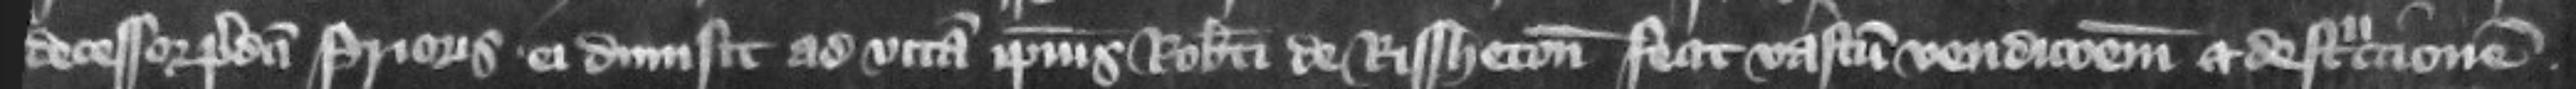
decessor predicti prioris ei dimisit ad vitam ipsius Roberti de Rissheton fecit vastum vendicionem et destruccionem